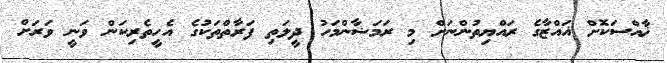
ޚާއްސަކޮށް ޣައްޒާގެ ރައްޔިތުންނަށް މި ރަމަޟާންމަހު ދީލަތި ފަރާތްތަކުގެ އެހީތެރިކަން ވަނީ ވަރަށް